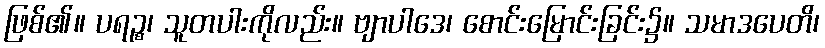
ဖြစ်၏။ ပရဉ္စ၊ သူတပါးကိုလည်း။ ဗျာပါဒေ၊ စောင်းမြောင်းခြင်း၌။ သမာဒပေတိ၊